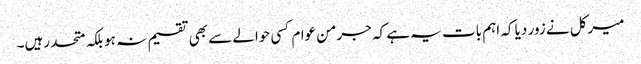
میرکل نے زور دیا کہ اہم بات یہ ہے کہ جرمن عوام کسی حوالے سے بھی تقسیم نہ ہو بلکہ متحد رہیں۔